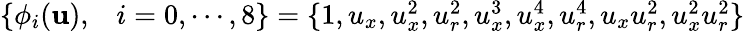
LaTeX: \begin{array}{rl}{\{ \phi_{i}(\mathbf{u}),}&{{}i=0,\cdots,8\} =\{ 1,{u}_{x},{u}_{x}^{2},{u}_{r}^{2},{u}_{x}^{3},{u}_{x}^{4},{u}_{r}^{4},{u}_{x}{u}_{r}^{2},{u}_{x}^{2}{u}_{r}^{2}\} }\end{array}